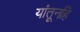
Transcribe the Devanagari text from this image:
यांतूनहि